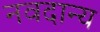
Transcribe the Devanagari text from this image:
नवदान्य